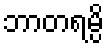
ဘာတရမ္ပိ